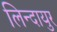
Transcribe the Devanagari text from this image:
लिन्दायुर